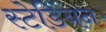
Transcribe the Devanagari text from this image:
स्टेडियन